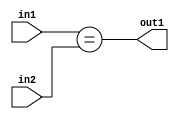
`timescale 1ps / 1ps
/*****************************************************************************
    Verilog RTL Description
    
    
    Created by: Stratus DpOpt 2019.1.01 
*******************************************************************************/

module feature_write_addr_gen_Equal_3Ux1U_1U_4 (
	in2,
	in1,
	out1
	); /* architecture "behavioural" */ 
input [2:0] in2;
input  in1;
output  out1;
wire  asc001;

assign asc001 = (in1==in2);

assign out1 = asc001;
endmodule

/* CADENCE  urj5TQE= : u9/ySgnWtBlWxVPRXgAZ4Og= ** DO NOT EDIT THIS LINE ******/